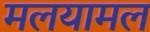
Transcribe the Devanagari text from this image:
मलयामल